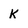
Character: k